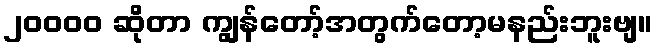
၂၀၀၀၀ ဆိုတာ ကျွန်တော့်အတွက်တော့မနည်းဘူးဗျ။